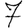
Digit: 7